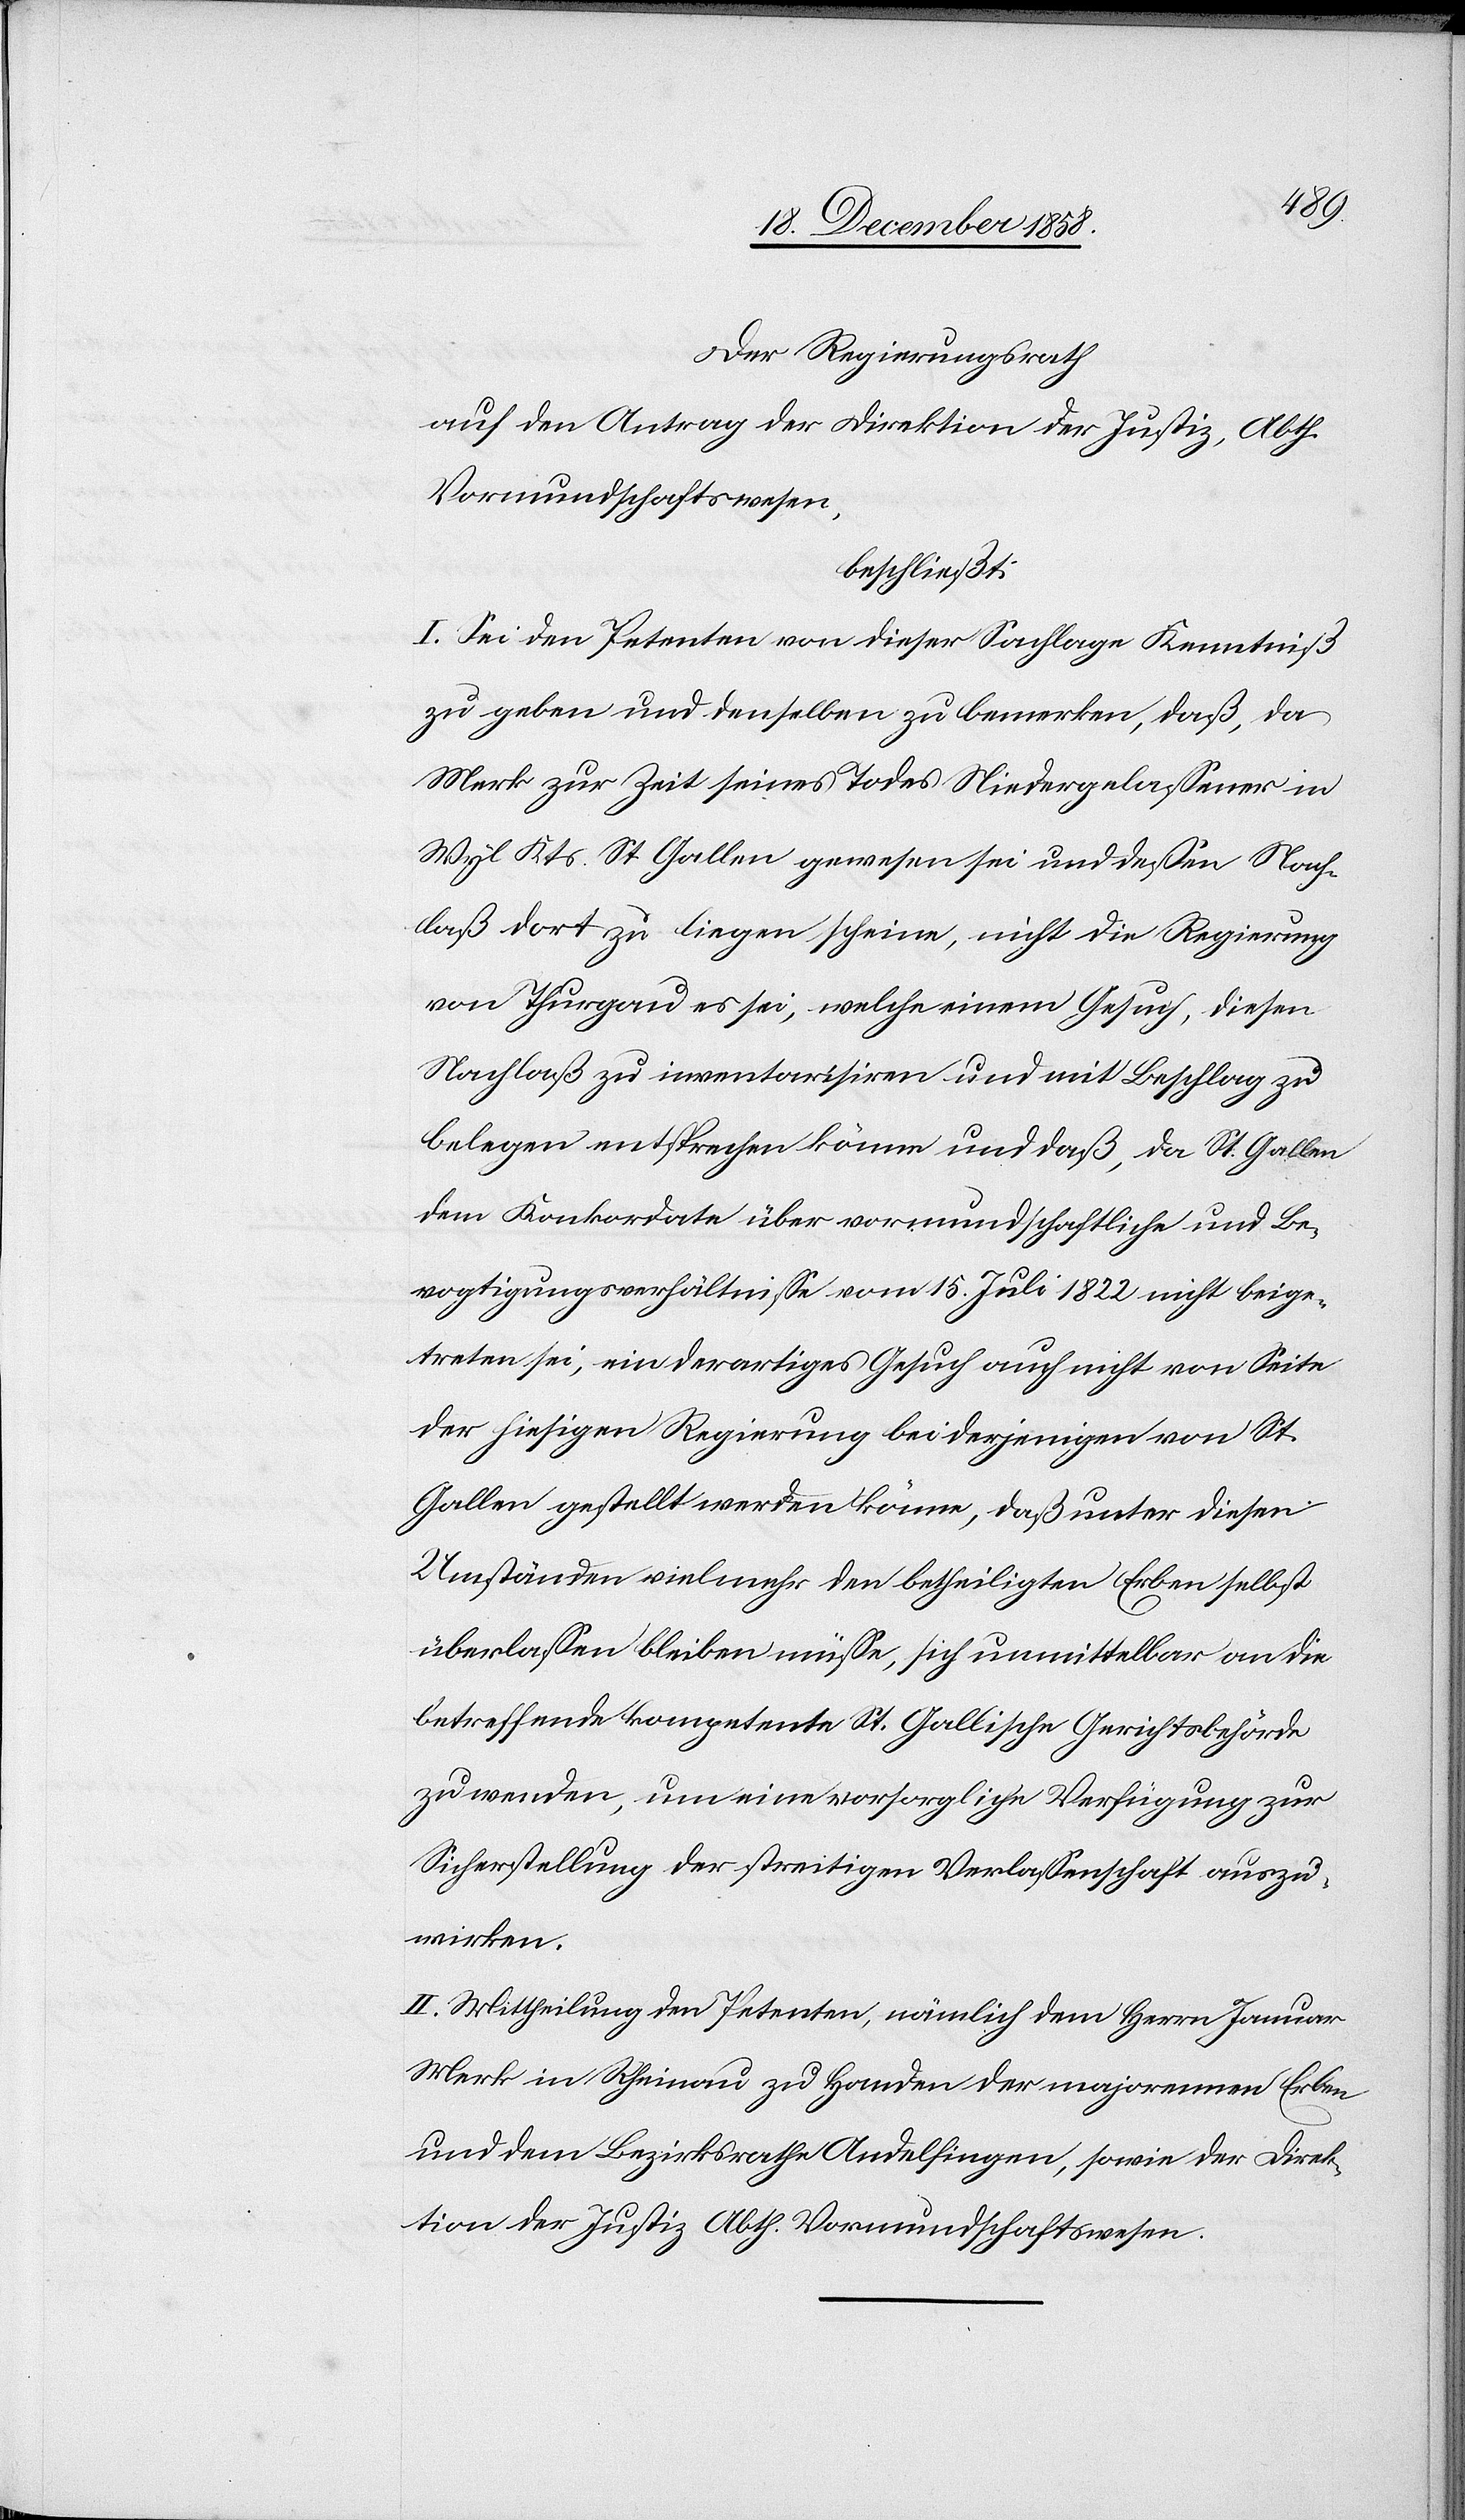
Mts.
Herrn Regierungsrath
beschließt: